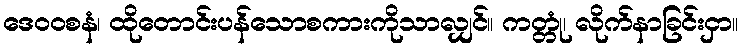
ဒေဝဝစနံ၊ ထိုတောင်းပန်သောစကားကိုသာလျှင်။ ကတ္တုံ၊ လိုက်နာခြင်းငှာ။